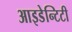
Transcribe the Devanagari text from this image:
आइडेन्टिटी